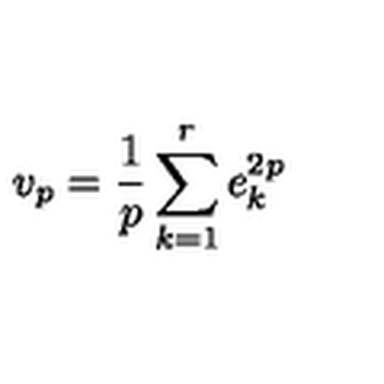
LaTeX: v _ { p } = \frac { 1 } { p } \sum _ { k = 1 } ^ { r } e _ { k } ^ { 2 p }